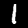
Digit: 1